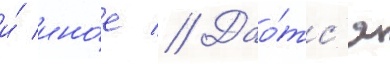
и́ ино́е // Дао́тс'я